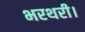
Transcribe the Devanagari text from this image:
भरथरी।